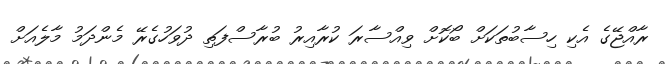
ރާއްޖޭގެ އެކި ހިސާބުތަކަށް ބޯކޮށް ވިއްސާރަ ކުރާއިރު ބުރާސްފަތި ދުވަހުގެރޭ މެންދަމު މާލެއަށް